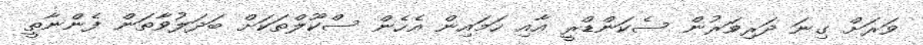
ވަރަށް ގިނަ ދަރިވަރުން ސެކަންޑްރީ އާއި ހަމައިން އެހެން ސްކޫލްތަކަށް ބަދަލުވާތަން ފެންނާތީ